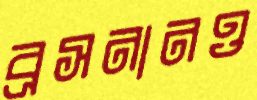
ব্রসনানও